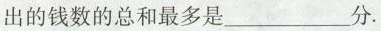
出的钱数的总和最多是___分.